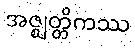
အဇ္ဈတ္တိကဿ